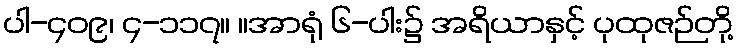
ပါ-၄၀၉၊ ၄-၁၁၇။ ။အာရုံ ၆-ပါး၌ အရိယာနှင့် ပုထုဇဉ်တို့